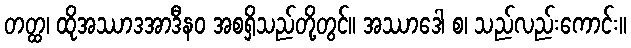
တတ္ထ၊ ထိုအဿာဒအာဒီနဝ အစရှိသည်တို့တွင်။ အဿာဒေါ စ၊ သည်လည်းကောင်း။